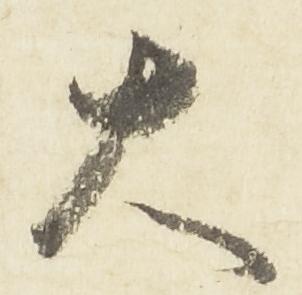
大